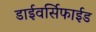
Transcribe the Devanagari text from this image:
डाईवर्सिफाईड